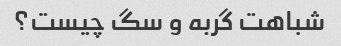
شباهت گربه و سگ چیست؟